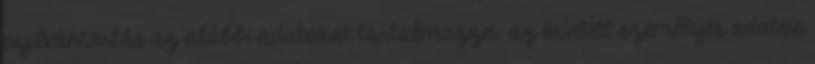
nyilvántartás az alábbi adatokat tartalmazza: az érintett személyes adatok